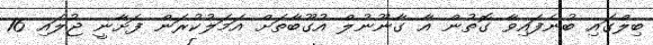
ބިލްގައި ބުނެފައިވާ ގޮތުން އާ ގާނޫނުލް އުގޫބާތަށް އަމަލުކުރަން ފަށާނީ ޖުލައި 16